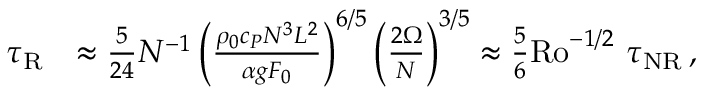
\begin{array} { r l } { \tau _ { \mathrm { R } } } & { \approx \frac { 5 } { 2 4 } N ^ { - 1 } \left( \frac { \rho _ { 0 } c _ { P } N ^ { 3 } L ^ { 2 } } { \alpha g F _ { 0 } } \right) ^ { 6 / 5 } \left( \frac { 2 \Omega } { N } \right) ^ { 3 / 5 } \approx \frac { 5 } { 6 } \mathrm { R o } ^ { - 1 / 2 } ~ \tau _ { \mathrm { N R } } \, , } \end{array}